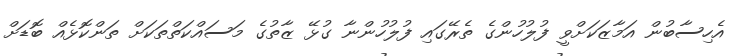
އެހިސާބުން އަމާޒަކަށްވީ ފުލުހުންގެ ތެރޭގައި ފުލުހުންނާ ގުޅޭ ޒާތުގެ މަސައްކަތްތަކަށް ތަންކޮޅެއް ބޮޑަށް